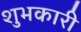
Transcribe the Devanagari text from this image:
शुभकारी